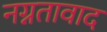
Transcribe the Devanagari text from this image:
नग्नतावाद